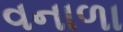
વનાળા